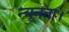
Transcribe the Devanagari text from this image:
न्यूनता।